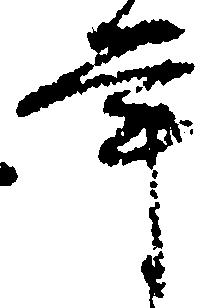
年